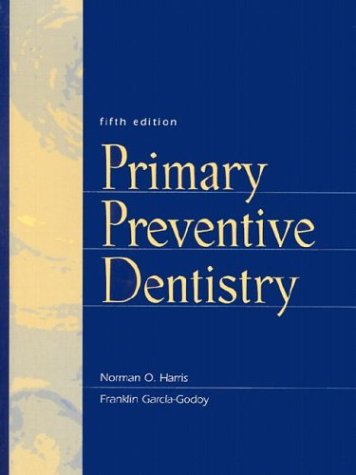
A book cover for Primary Preventive Dentistry (5th Edition); Norman O. Harris; Medical Books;